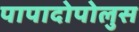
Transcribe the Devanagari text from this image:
पापादोपोलुस